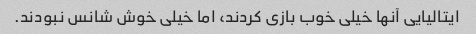
ایتالیایی آنها خیلی خوب بازی کردند، اما خیلی خوش شانس نبودند.